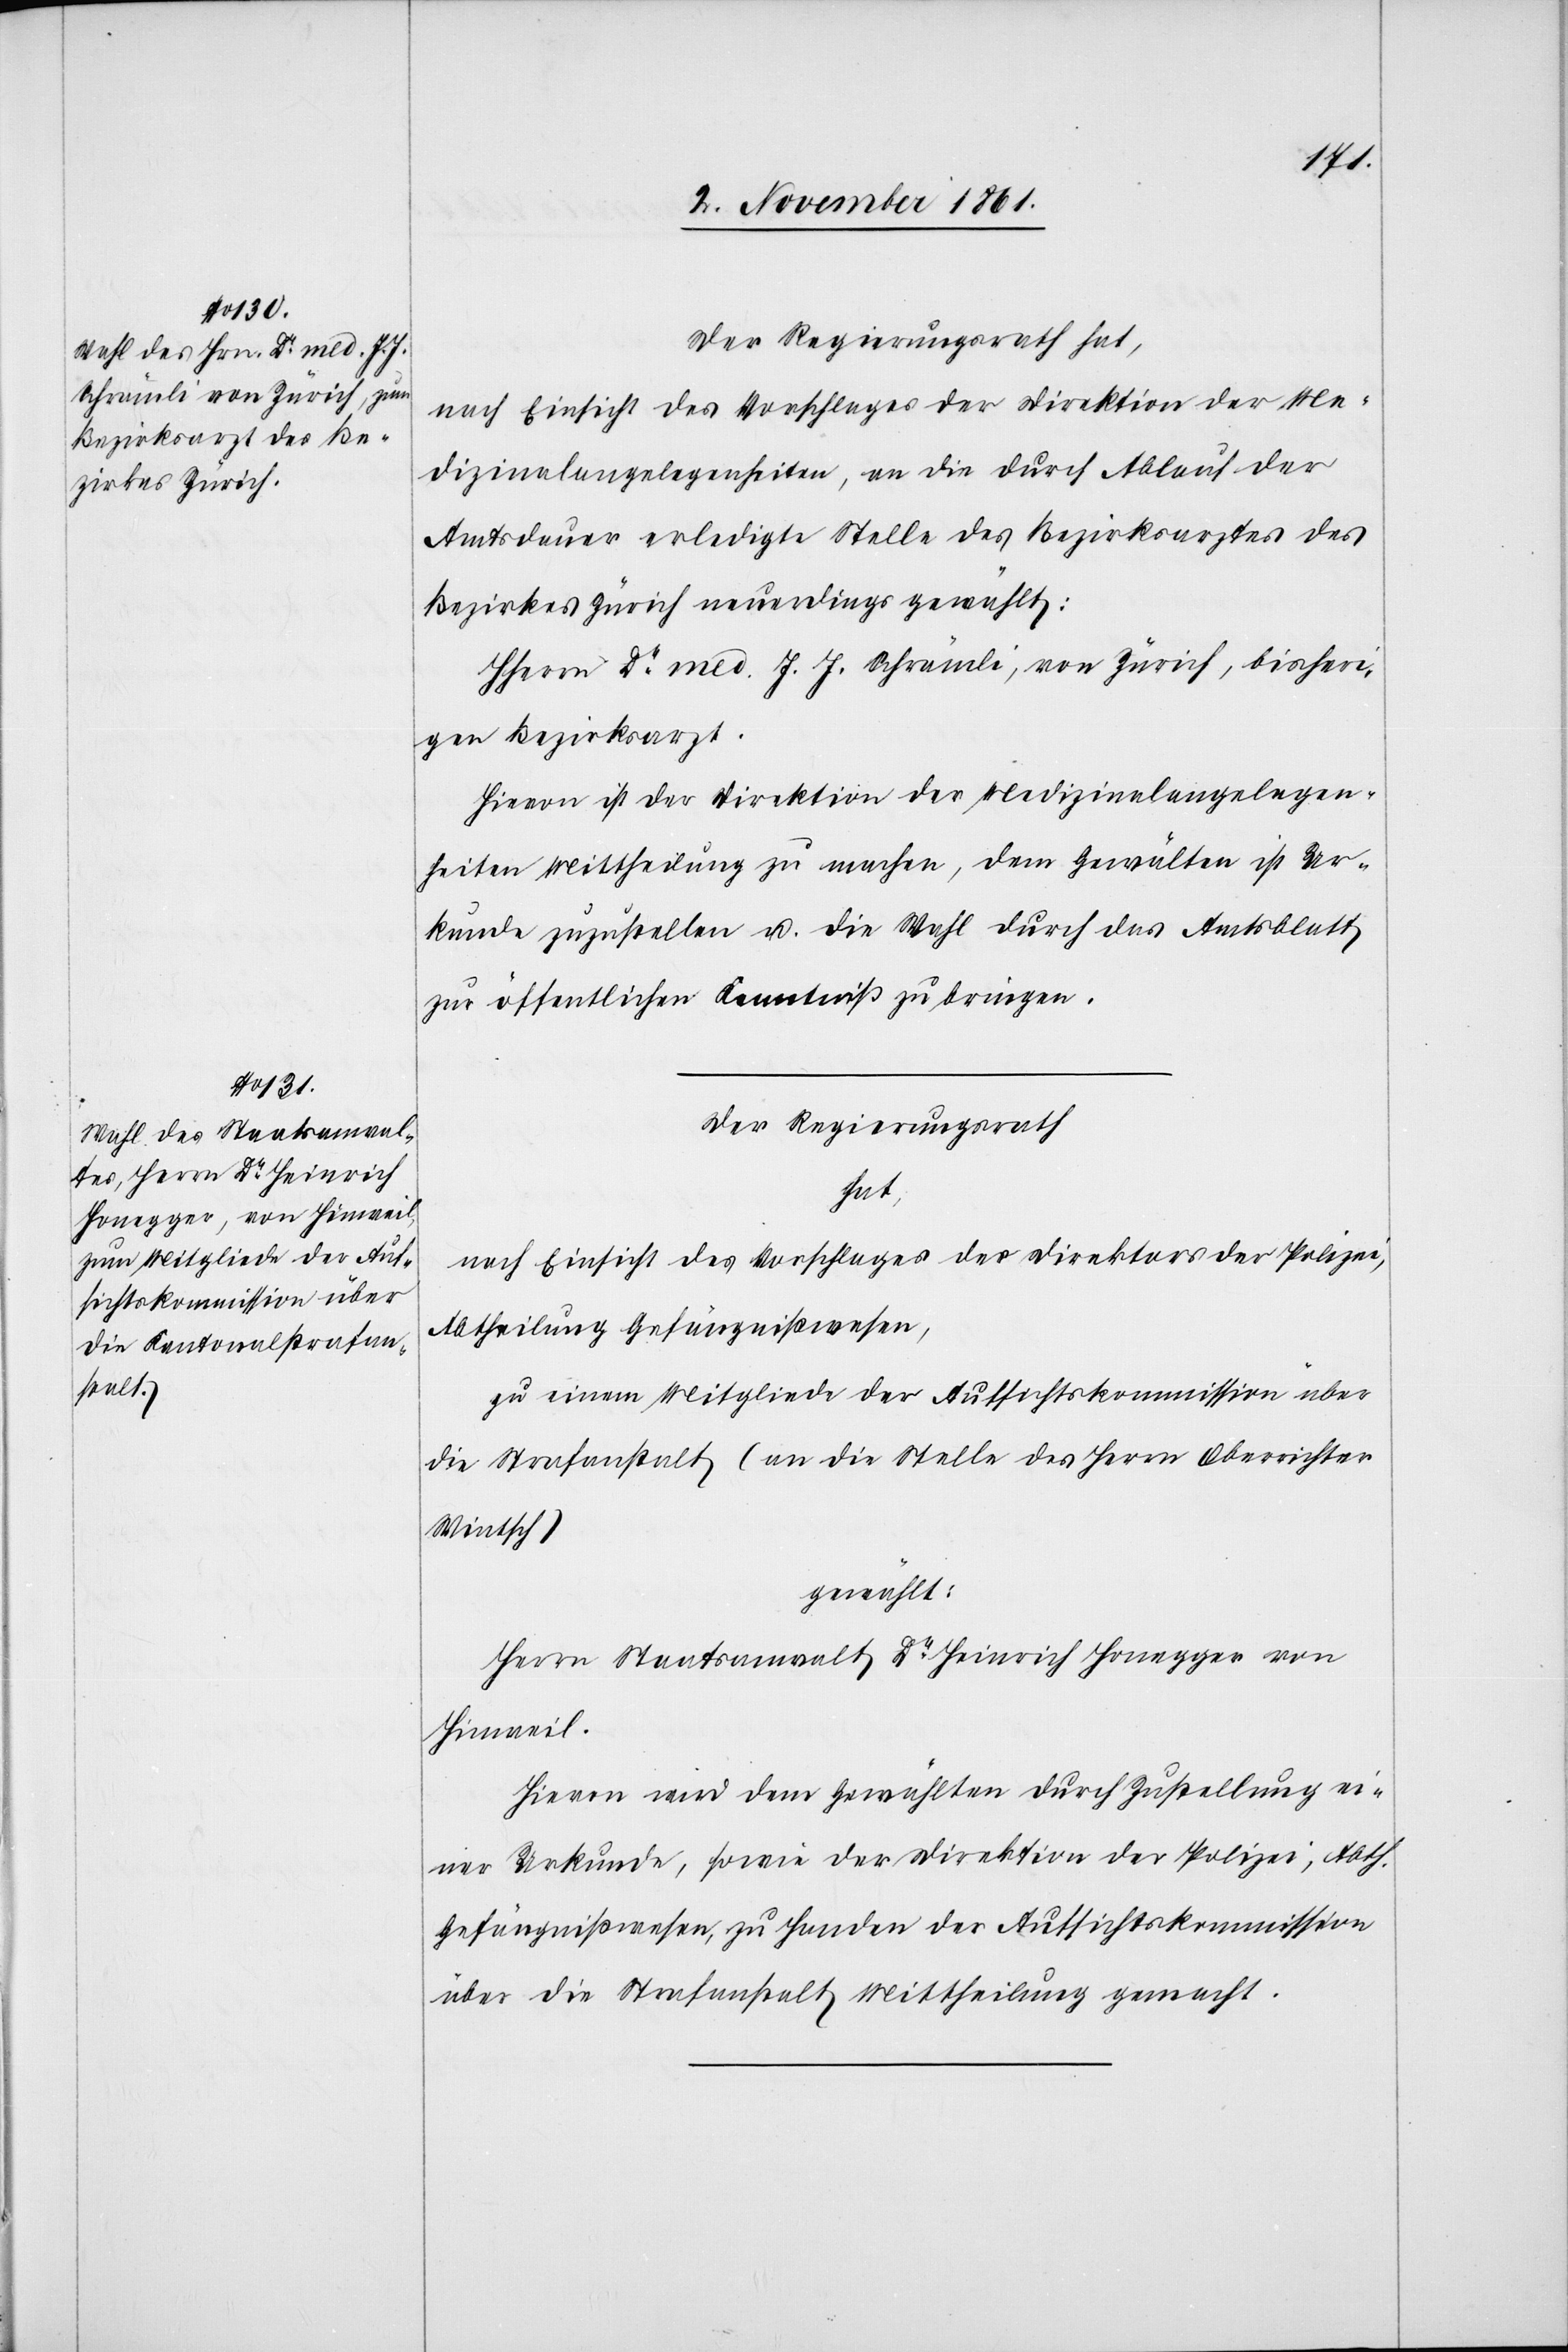
Der Regierungsrath hat,
nach Einsicht des Vorschlages der Direktion der Me¬
dizinalangelegenheiten, an die durch Ablauf der
Amtsdauer erledigte Stelle des Bezirksarztes des
Bezirkes Zürch neuerdings gewählt:
HHerrn Dr med. J. J. Schrämli, von Zürich, bisheri¬
gen Bezirksarzt.
Hievon ist der Direktion der Medizinalangelegen¬
heiten Mittheilung zu machen, dem Gewählten ist Ur¬
kunde zuzustellen u. die Wahl durch das Amtsblatt
zur öffentlichen Kenntniß zu bringen.
Der Regierungsrath
hat:
nach Einsicht des Vorschlages des Direktors der Polizei,
Abtheilung Gefängnißwesen,
zu einem Mitgliede der Aufsichtskommission über
die Strafanstalt (an die Stelle des Herrn Oberrichte
Wintsch)
gewählt:
Herrn Staatsanwalt Dr Heinrich Honegger von
Hinweil.
Hievon wird dem Gewählten durch Zustellung ei¬
ner Urkunde, sowie der Direktion der Polizei, Abth.
Gefängnißwesen, zu Handen der Aufsichtskommission
über die Strafanstalt Mittheilung gemacht.